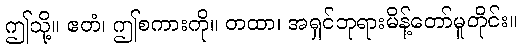
ဤသို့။ ဧတံ၊ ဤစကားကို။ တထာ၊ အရှင်ဘုရားမိန့်တော်မူတိုင်း။